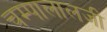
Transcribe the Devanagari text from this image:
चम्पालालजी